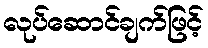
လုပ်ဆောင်ချက်ဖြင့်